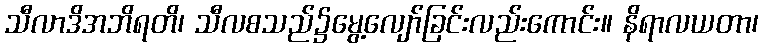
သီလာဒိအဘိရတိ၊ သီလစသည်၌မွေ့လျော်ခြင်းလည်းကောင်း။ နိရာလယတာ၊